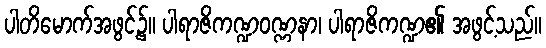
ပါတိမောက်အဖွင့်၌။ ပါရာဇိကဏ္ဍဝဏ္ဏနာ၊ ပါရာဇိကဏ္ဍ၏ အဖွင့်သည်။